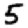
Digit: 5